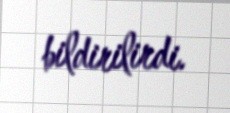
bildirilirdi.